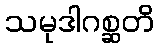
သမုဒါဂစ္ဆတိ